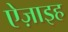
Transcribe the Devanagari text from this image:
ऐज़ाइह